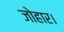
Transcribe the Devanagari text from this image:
जोहार।